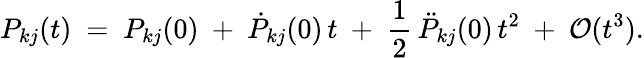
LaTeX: P_{kj}(t)\ =\ P_{kj}(0)\ +\ \dot{P}_{kj}(0)\, t\ +\ \frac{1}{2}\, \ddot{P}_{kj}(0)\, t^{2}\ +\ {\cal{O}}(t^{3}).